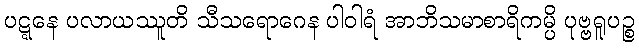
ပဋ္ဋနေ ပလာယဿူတိ သီသရောဂေန ပါဝါရံ အာဘိသမာစာရိကမ္ပိ ပုဗ္ဗရူပဉ္စ